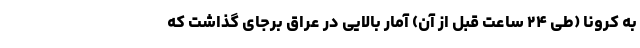
به کرونا (طی ۲۴ ساعت قبل از آن) آمار بالایی در عراق برجای گذاشت که